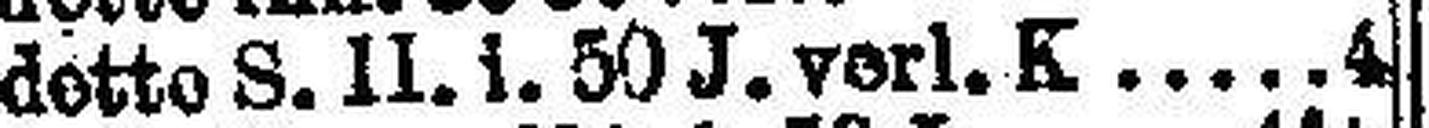
detto S. II. 1.50 J. verl. K. 4